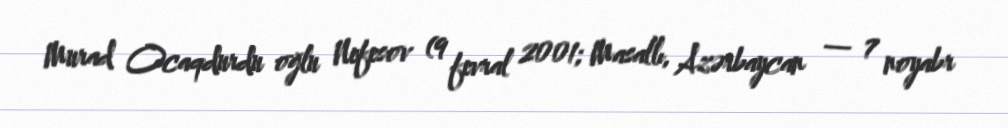
Murad Ocaqdurdu oğlu Nefesov (9 fevral 2001; Masallı, Azərbaycan — 7 noyabr